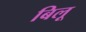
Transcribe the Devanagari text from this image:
बिलू